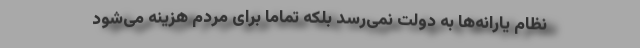
نظام یارانه‌ها به دولت نمی‌رسد بلکه تماماً برای مردم هزینه می‌شود